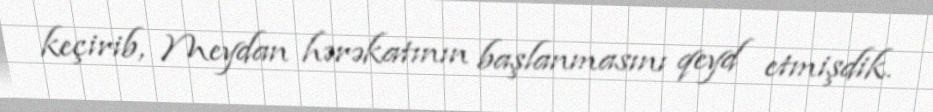
keçirib, Meydan hərəkatının başlanmasını qeyd etmişdik.